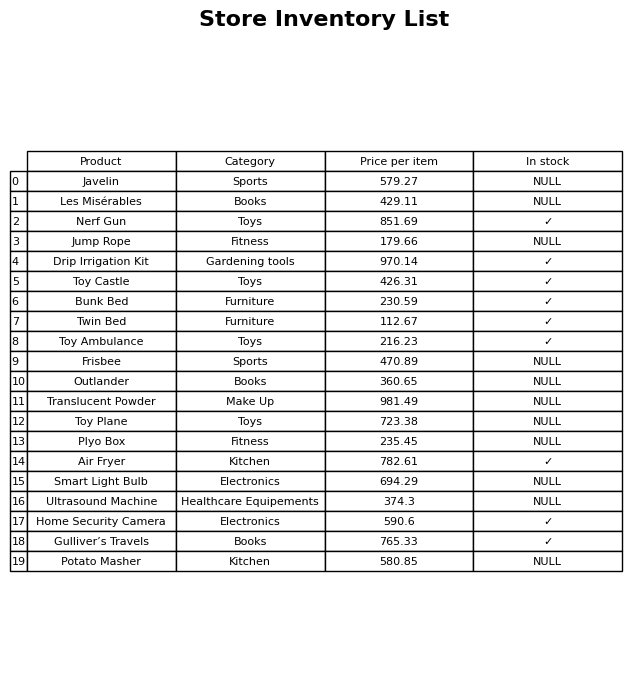
question: What is the price of the Home Security Camera?
answer: The price of Home Security Camera is 590.6.